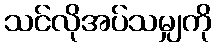
သင်လိုအပ်သမျှကို